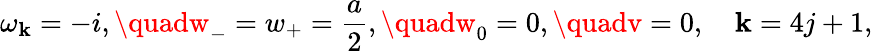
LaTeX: \omega_{\mathbf{k}}=-i,\quadw_{-}=w_{+}=\frac{a}{2},\quadw_{0}=0,\quadv=0,\quad\mathbf{k}=4j+1,